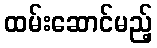
ထမ်းဆောင်မည့်